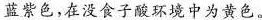
蓝紫色，在没食子酸环境中为黄色。